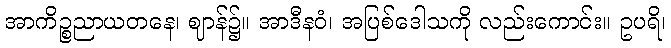
အာကိဉ္စညာယတနေ၊ ဈာန်၌။ အာဒီနဝံ၊ အပြစ်ဒေါသကို လည်းကောင်း။ ဥပရိ၊